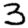
Digit: 3